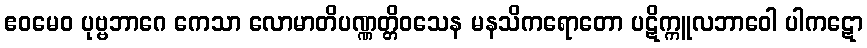
ဧဝမေဝ ပုဗ္ဗဘာဂေ ကေသာ လောမာတိပဏ္ဏတ္တိဝသေန မနသိကရောတော ပဋိက္ကူလဘာဝေါ ပါကဋော